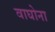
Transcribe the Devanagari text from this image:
वाघोना